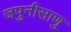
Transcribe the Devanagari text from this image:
जपुनीसाणु